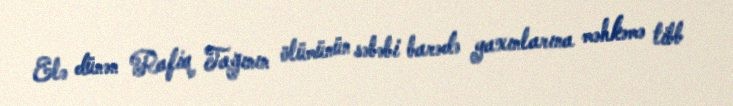
Elə dünən Rafiq Tağının ölümünün səbəbi barədə yaxınlarına məhkəmə tibb